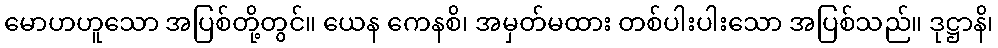
မောဟဟူသော အပြစ်တို့တွင်။ ယေန ကေနစိ၊ အမှတ်မထား တစ်ပါးပါးသော အပြစ်သည်။ ဒုဋ္ဌာနိ၊